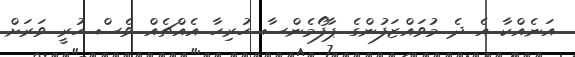
އަނެއްކާ އެ ދެ މުވައްޒަފުންގެ ޕާފޯމެންސާ ހުރިހާ އެއްޗެއް ވެސް ހުރީ ވަރަށް